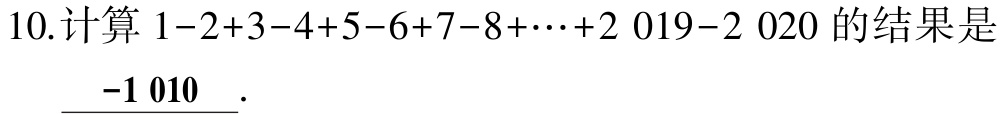
10.计算 \(1 - 2 + 3 - 4 + 5 - 6 + 7 - 8 + \cdots + 2019 - 2020\) 的结果是 \(\underline{-1\ 010}\).